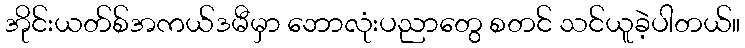
အိုင်းယတ်စ်အကယ်ဒမီမှာ ဘောလုံးပညာတွေ စတင် သင်ယူခဲ့ပါတယ်။